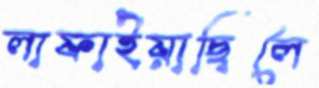
লাফাইয়াছিলে